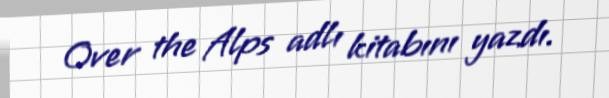
Over the Alps adlı kitabını yazdı.